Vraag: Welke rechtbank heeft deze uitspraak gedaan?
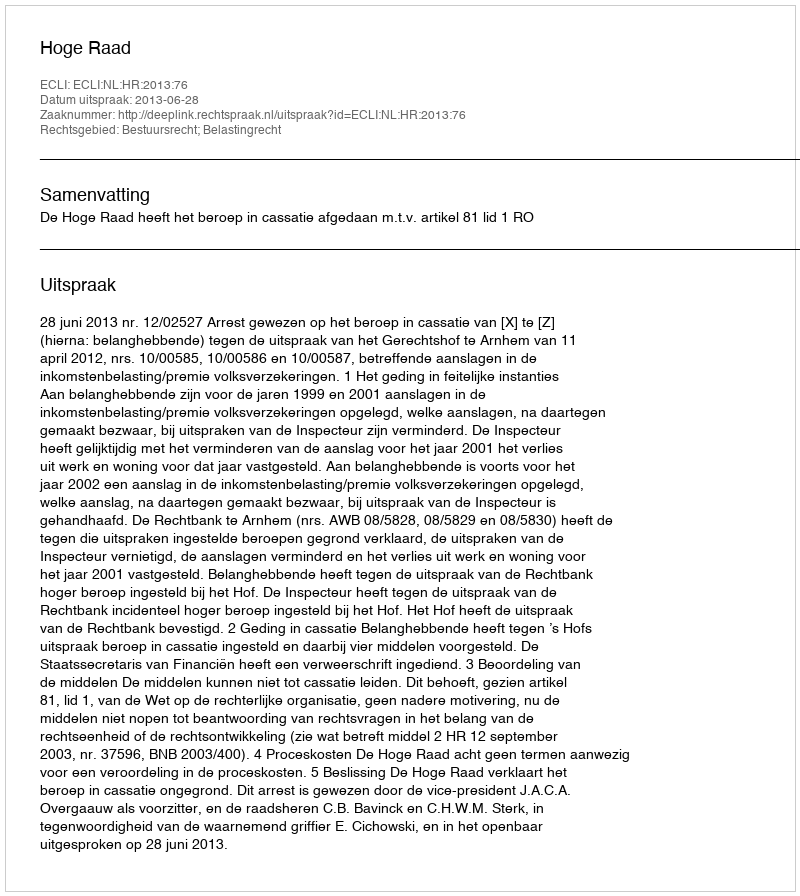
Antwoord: Hoge Raad